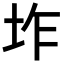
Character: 𭎌